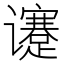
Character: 𬤯